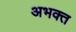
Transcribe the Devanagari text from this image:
अभक्त